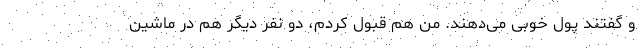
و گفتند پول خوبی می‌دهند. من هم قبول کردم، دو نفر دیگر هم در ماشین